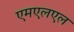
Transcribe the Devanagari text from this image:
एमएलएल